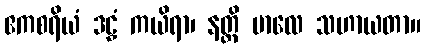
ဧကစရိယံ ဒဠှံ ကယိရာ၊ နတ္ထိ ဗာလေ သဟာယတာ။